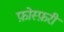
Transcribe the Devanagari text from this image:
फ़ोस्फ़री